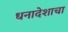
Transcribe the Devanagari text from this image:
धनादेशाचा